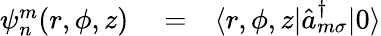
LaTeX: \begin{array}{rlr}{\psi_{n}^{m}(r,\phi,z)}&{{}=}&{\langle r,\phi,z|\hat{a}_{m\sigma}^{\dagger}|0\rangle}\end{array}